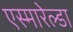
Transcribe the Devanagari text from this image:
एस्मारेल्डा